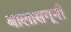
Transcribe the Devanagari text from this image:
बालासगूनी